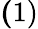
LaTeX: {\mathbf(1)}